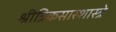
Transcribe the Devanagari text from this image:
श्रीत्रिकसारशास्त्रे